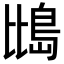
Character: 𪵕